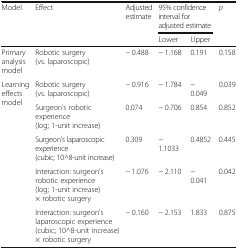
<table><thead><tr><td rowspan="2"><b>Model</b></td><td rowspan="2"><b>Effect</b></td><td rowspan="2"><b>Adjusted estimate</b></td><td colspan="2"><b>95% confidence interval for adjusted estimate</b></td><td rowspan="2"><b><i>p</i></b></td></tr><tr><td><b>Lower</b></td><td><b>Upper</b></td></tr></thead><tbody><tr><td>Primary analysis model</td><td>Robotic surgery (vs. laparoscopic)</td><td>− 0.488</td><td>− 1.168</td><td>0.191</td><td>0.158</td></tr><tr><td rowspan="5">Learning effects model</td><td>Robotic surgery (vs. laparoscopic)</td><td>− 0.916</td><td>− 1.784</td><td>− 0.049</td><td>0.039</td></tr><tr><td>Surgeon’s robotic experience (log; 1-unit increase)</td><td>0.074</td><td>− 0.706</td><td>0.854</td><td>0.852</td></tr><tr><td>Surgeon’s laparoscopic experience (cubic; 10^8-unit increase)</td><td>0.309</td><td>− 1.1033</td><td>0.4852</td><td>0.445</td></tr><tr><td>Interaction: surgeon’s robotic experience (log; 1-unit increase) × robotic surgery</td><td>− 1.076</td><td>− 2.110</td><td>− 0.041</td><td>0.042</td></tr><tr><td>Interaction: surgeon’s laparoscopic experience (cubic; 10^8-unit increase) × robotic surgery</td><td>− 0.160</td><td>− 2.153</td><td>1.833</td><td>0.875</td></tr></tbody></table>